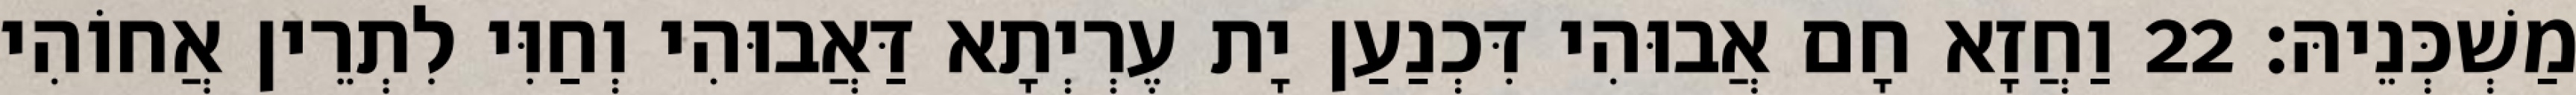
מַשְׁכְּנֵיהּ׃ 22 וַחֲזָא חָם אֲבוּהִי דִּכְנַעַן יָת עֶרְיְתָא דַּאֲבוּהִי וְחַוִּי לִתְרֵין אֲחוֹהִי